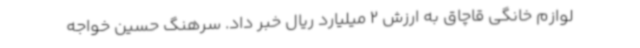
لوازم خانگی قاچاق به ارزش 2 میلیارد ریال خبر داد. سرهنگ حسین خواجه